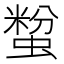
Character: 𧏟